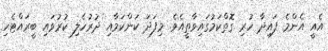
އެއީ އެންމެ ފައިދާ ހުރި ގޮތްކަމުގައިވާތީއެވެ. މިފަދަ ކަންކަމާއި ދުރުހެލި ކުރުވައި ބީރައްޓެހި